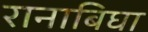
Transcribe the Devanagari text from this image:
रानाबिघा